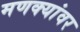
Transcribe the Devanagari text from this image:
मणक्यांवर